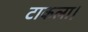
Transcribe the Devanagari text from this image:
टाकला।